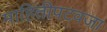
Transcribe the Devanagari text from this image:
माहितीपटवजा